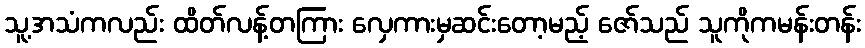
သူ့အသံကလည်း ထိတ်လန့်တကြား လှေကားမှဆင်းတော့မည့် ဇော်သည် သူကိုကမန်းတန်း